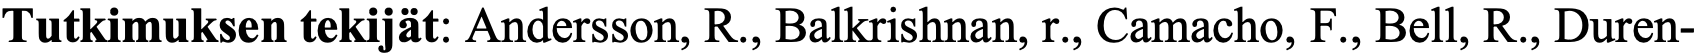
Tutkimuksen tekijät: Andersson, R., Balkrishnan, r., Camacho, F., Bell, R., Duren-